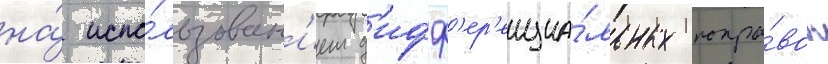
на́ испо́льзован'ием д'ифф'ер'енциа́льных попра́вок